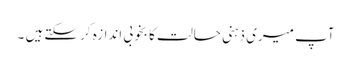
آپ میری ذہنی حالت کا بخوبی اندازہ کرسکتے ہیں ۔